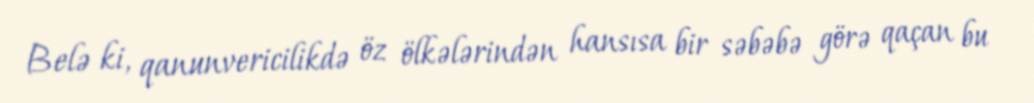
Belə ki, qanunvericilikdə öz ölkələrindən hansısa bir səbəbə görə qaçan bu